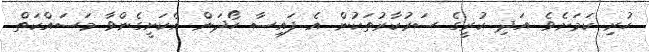
ހުރި ކަމަށެވެ. އަދި ކުރީގެ ސަރުކާރުތަކުން އެ ފައިސާ ހޯދަން އެކަށީގެންވާ މަސައްކަތް